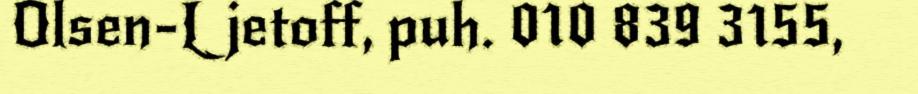
Olsen-Ljetoff, puh. 010 839 3155,